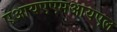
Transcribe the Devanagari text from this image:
एआयएएमआयएल